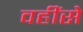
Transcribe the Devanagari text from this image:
वहींसे